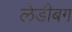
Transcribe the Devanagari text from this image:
लेडीबग